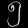
Digit: ၅